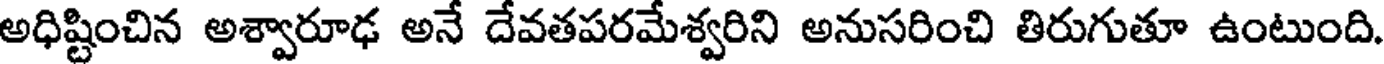
అధిష్టించిన అశ్వారూఢ అనే దేవతపరమేశ్వరిని అనుసరించి తిరుగుతూ ఉంటుంది.